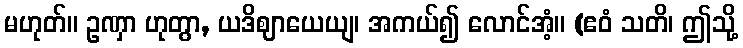
မဟုတ်။ ဥဏှာ ဟုတွာ, ယဒိဈာယေယျ၊ အကယ်၍ လောင်အံ့။ (ဧဝံ သတိ၊ ဤသို့